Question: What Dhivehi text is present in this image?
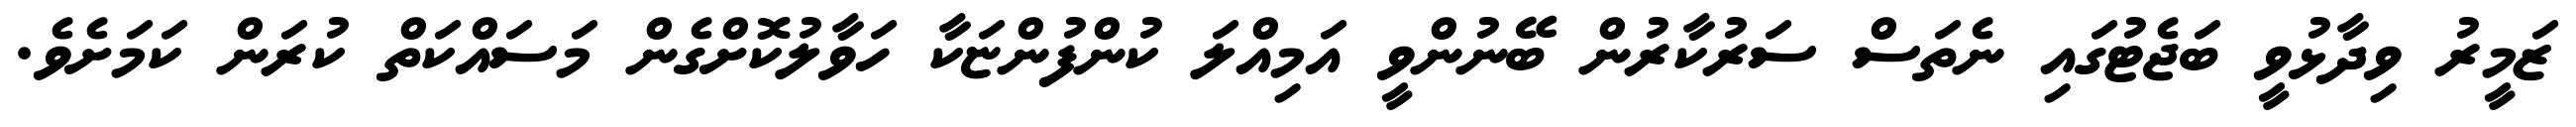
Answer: ޒަމީރު ވިދާޅުވީ ބަޖެޓުގައި ނެތަސް ސަރުކާރުން ބޭނުންވީ އަމިއްލަ ކުންފުންޏަކާ ހަވާލުކޮށްގެން މަސައްކަތް ކުރަން ކަމަށެވެ.